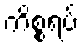
ကိစ္စရပ်